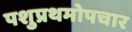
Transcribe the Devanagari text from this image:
पशुप्रथमोपचार